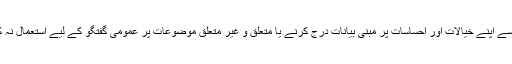
لہذا اسے اپنے خیالات اور احساسات پر مبنی بیانات درج کرنے یا متعلق و غیر متعلق موضوعات پر عمومی گفتگو کے لیے استعمال نہ کریں۔